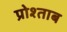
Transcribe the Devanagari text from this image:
प्रोश्ताब